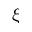
\xi